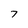
Character: 7